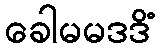
ခေါမမဒဒိံ